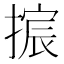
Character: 𫽴